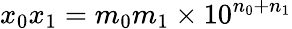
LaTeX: x_{0}x_{1}=m_{0}m_{1}\times 10^{n_{0}+n_{1}}